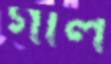
গাল